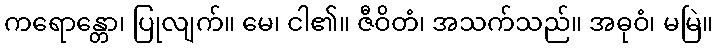
ကရောန္တော၊ ပြုလျက်။ မေ၊ ငါ၏။ ဇီဝိတံ၊ အသက်သည်။ အဓုဝံ၊ မမြဲ။